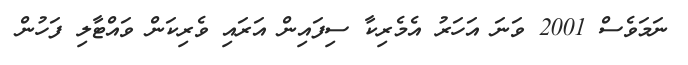
ނަމަވެސް 2001 ވަނަ އަހަރު އެމެރިކާ ސިފައިން އަރައި ވެރިކަން ވައްޓާލި ފަހުން